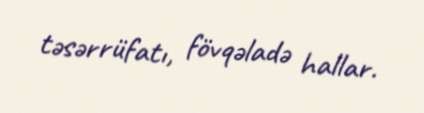
təsərrüfatı, fövqəladə hallar.